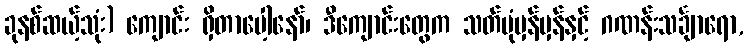
ခုနစ်ဆယ့်သုံး) ကျောင်း ရှိတာပေါ့နော်၊ ဒီကျောင်းတွေက သတ်ပုံမှန်မှန်နှင့် ဂဏန်းသင်္ချာရော,